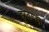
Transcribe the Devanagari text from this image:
हरतगड़ी